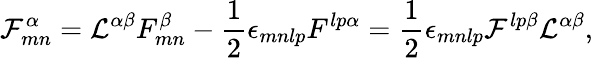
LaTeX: {\cal F}_{mn}^{\alpha}={\cal L}^{\alpha\beta}F_{mn}^{\beta}-{\frac{1}{2}}\epsilon_{mnlp}F^{lp\alpha}={\frac{1}{2}}\epsilon_{mnlp}{\cal F}^{lp\beta}{\cal L}^{\alpha\beta},